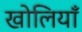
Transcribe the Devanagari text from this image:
खोलियाँ